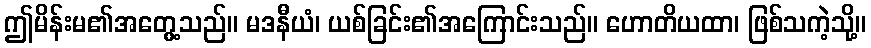
ဤမိန်းမ၏အတွေ့သည်။ မဒနီယံ၊ ယစ်ခြင်း၏အကြောင်းသည်။ ဟောတိယထာ၊ ဖြစ်သကဲ့သို့။